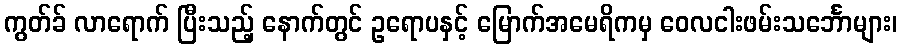
ကွတ်ခ် လာရောက် ပြီးသည့် နောက်တွင် ဥရောပနှင့် မြောက်အမေရိကမှ ဝေလငါးဖမ်းသင်္ဘောများ၊